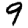
Digit: 9